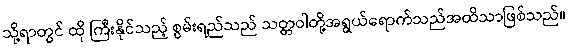
သို့ရာတွင် ထို ကြီးနိုင်သည့် စွမ်းရည်သည် သတ္တဝါတို့အရွယ်ရောက်သည်အထိသာဖြစ်သည်။